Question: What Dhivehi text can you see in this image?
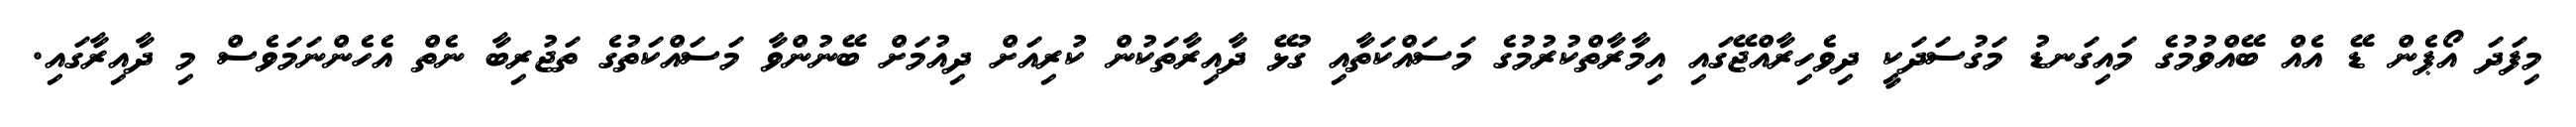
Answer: މިފަދަ އޯޕެން ޑޭ އެއް ބޭއްވުމުގެ މައިގަނޑު މަގުސަދަކީ ދިވެހިރާއްޖޭގައި އިމާރާތްކުރުމުގެ މަސައްކަތާއި ގުޅޭ ދާއިރާތަކުން ކުރިއަށް ދިއުމަށް ބޭނުންވާ މަސައްކަތުގެ ތަޖުރިބާ ނެތް އެހެންނަމަވެސް މި ދާއިރާގައި.